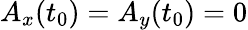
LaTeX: A_{x}(t_{0})=A_{y}(t_{0})=0